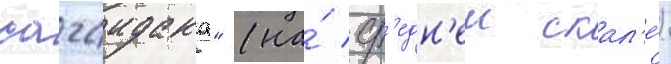
сагаидака" (на́ ср'едн'еи скал'е́)